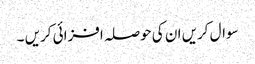
سوال کریں ان کی حوصلہ افزائی کریں ۔